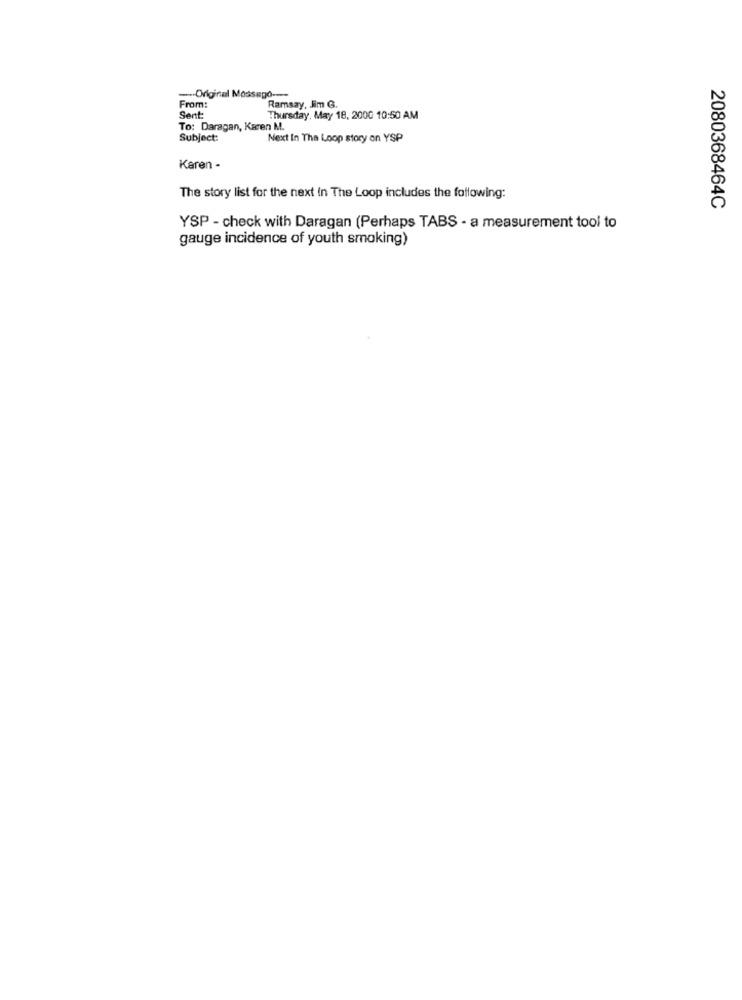
--- Original Mossego ---
From:
Ramsay, Jim G.
Sent:
Thursday, May 18, 200G 10:50 AM
To: Daragan, Karen M.
Subject:
Next In The Loop story on YSP
Karen -
The story list for the next In The Loop includes the following:
2080368464C
YSP - check with Daragan (Perhaps TABS - a measurement tool to
gauge incidence of youth smoking)